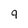
Character: 9